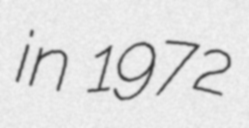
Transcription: in 1972